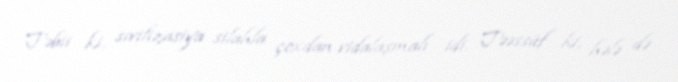
Təbii ki, sivilizasiya silahla çoxdan vidalaşmalı idi. Təəssüf ki, hələ də